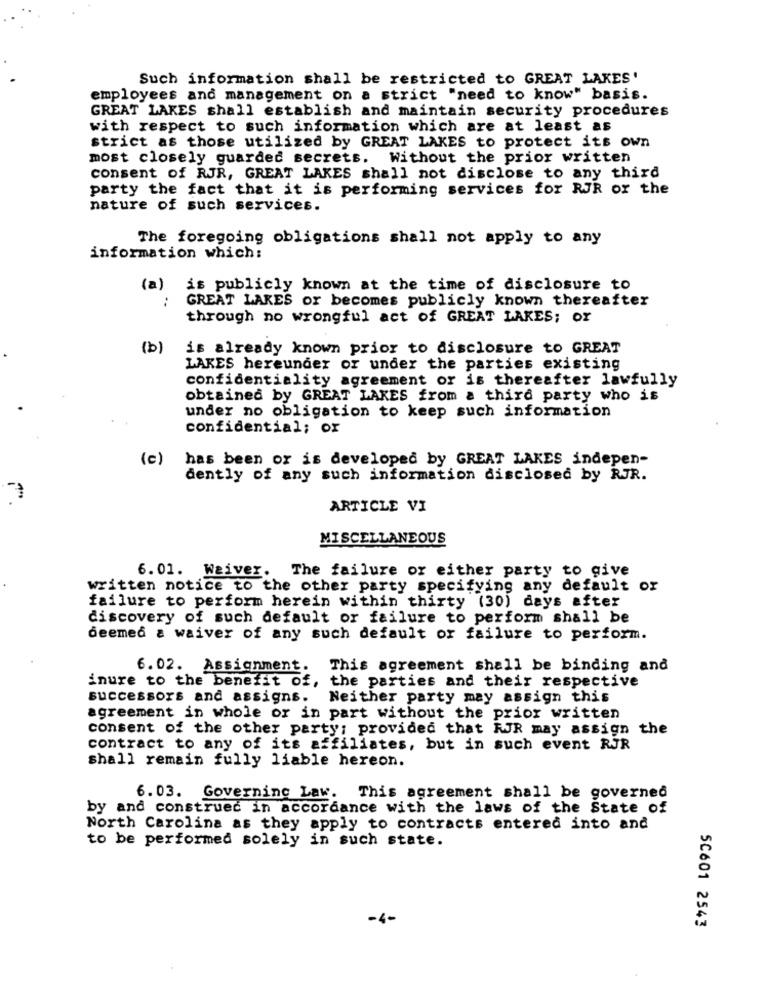
Such information shall be restricted to GREAT LAKES'
employees and management on a strict "need to know" basis.
GREAT LAKES shall establish and maintain security procedures
with respect to such information which are at least as
strict as those utilized by GREAT LAKES to protect its own
most closely guarded secrets. Without the prior written
consent of RJR, GREAT LAKES shall not disclose to any third
party the fact that it is performing services for RJR or the
nature of such services.
The foregoing obligations shall not apply to any
information which:
(a)
is publicly known at the time of disclosure to
:
GREAT LAKES or becomes publicly known thereafter
through no wrongful act of GREAT LAKES; or
(b)
is already known prior to disclosure to GREAT
LAKES hereunder or under the parties existing
confidentiality agreement or is thereafter lawfully
obtained by GREAT LAKES from a third party who is
under no obligation to keep such information
confidential; or
(c)
has been or is developed by GREAT LAKES indepen-
dently of any such information disclosed by RJR.
ARTICLE VI
MISCELLANEOUS
6. 01. Waiver. The failure or either party to give
written notice to the other party specifying any default or
failure to perform herein within thirty (30) days after
discovery of such default or failure to perform shall be
deemed & waiver of any such default or failure to perform.
6.02. Assignment. This agreement shall be binding and
inure to the benefit of, the parties and their respective
successors and assigns.
Neither party may assign this
agreement in whole or in part without the prior written
consent of the other party; provided that RJR may assign t
contract to any of its affiliates, but in such event RJR
shall remain fully liable hereon.
6.03. Governing Law. This agreement shall be governed
by and construed in accordance with the laws of the State of
North Carolina as they apply to contracts entered into and
to be performed solely in such state.
-4-
5C601 2543